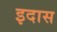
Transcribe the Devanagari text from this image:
इदास